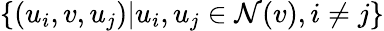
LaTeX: \{ (u_{i},v,u_{j})|u_{i},u_{j}\in\mathcal{N}(v),i\ne j\}